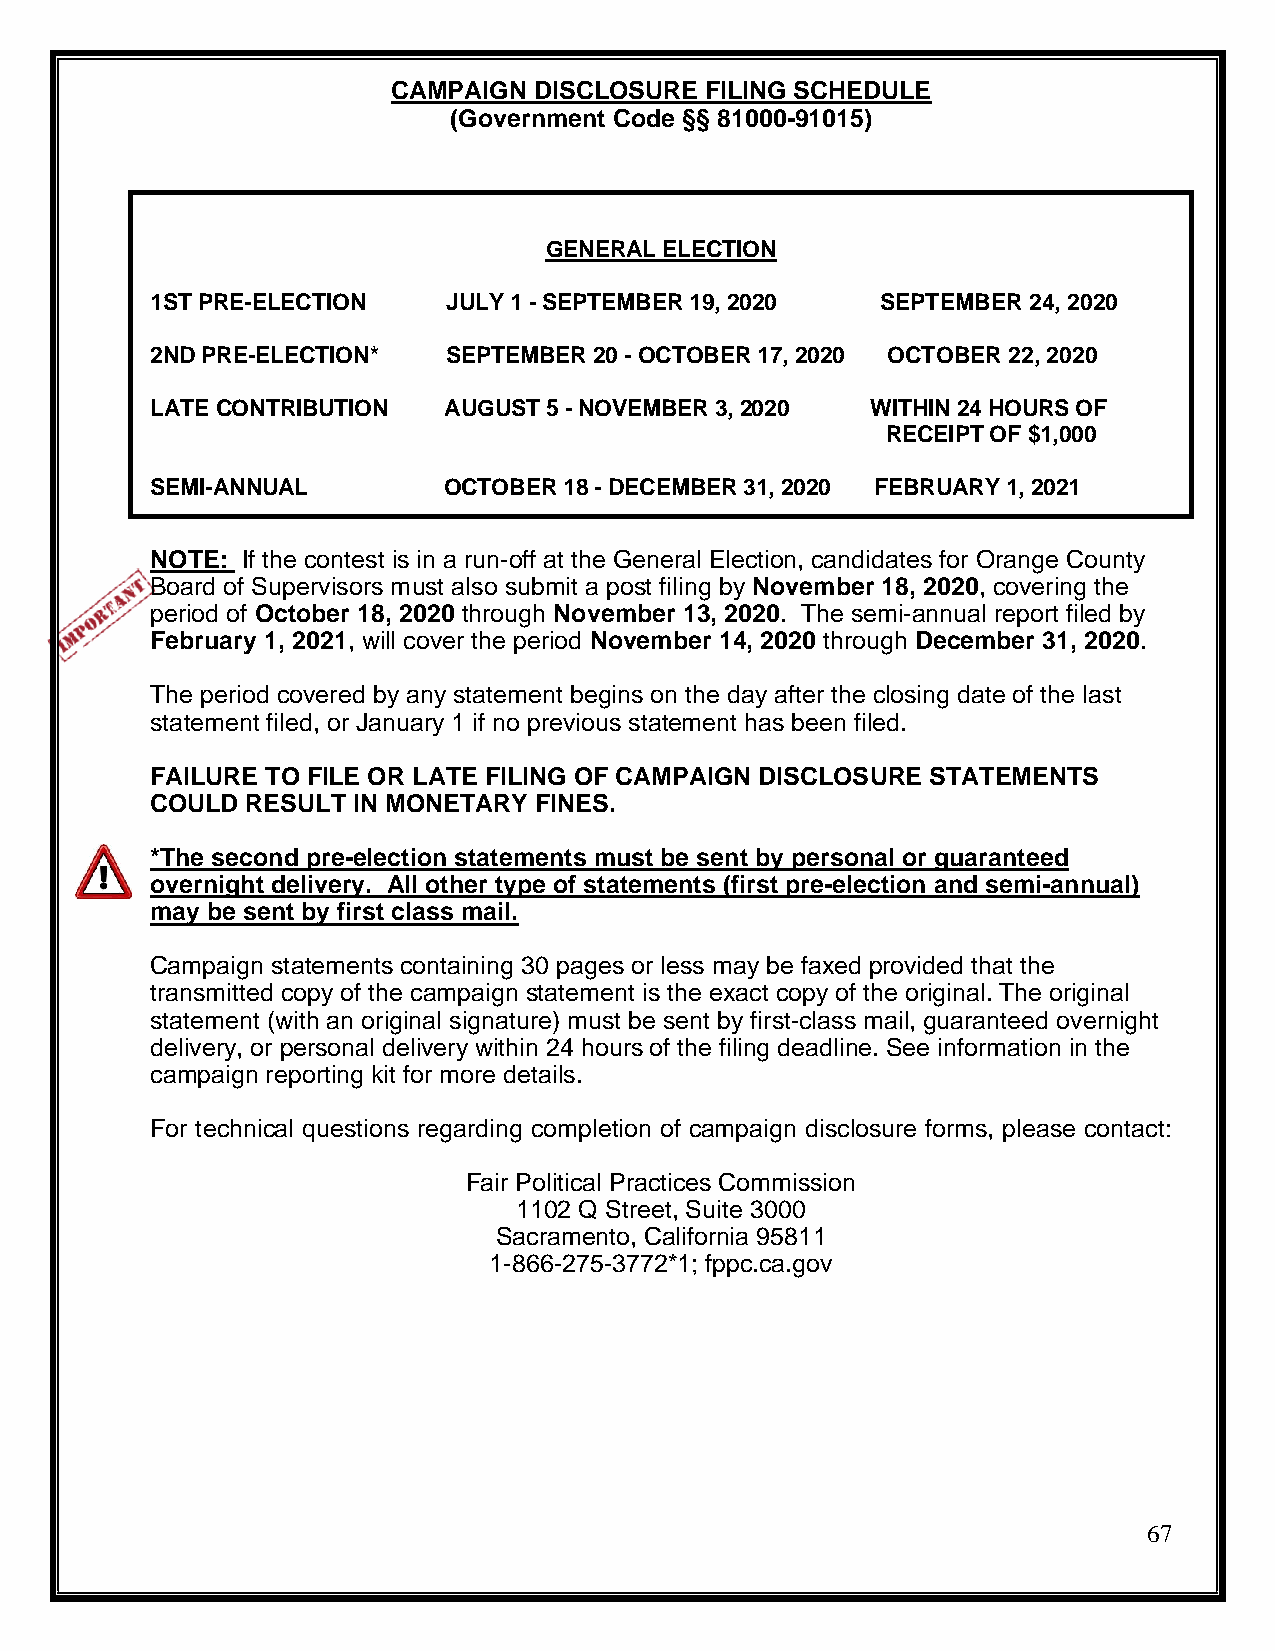
CAMPAIGN DISCLOSURE  FILING SCHEDULE
 (Government Code §§ 81000-91015)
 GENERAL ELECTION
 1ST PRE-ELECTION    JULY 1 - SEPTEMBER 19, 2020 SEPTEMBER 24, 2020
 2ND PRE-ELECTION*   SEPTEMBER 20 - OCTOBER 17, 2020 OCTOBER 22, 2020
 LATE CONTRIBUTION  AUGUST 5 - NOVEMBER 3, 2020  WITHIN 24 HOURS OF
 RECEIPT OF $1,000
 SEMI-ANNUAL        OCTOBER 18 - DECEMBER 31, 2020 FEBRUARY 1, 2021
 NOTE: If the contest is in a run-off at the General Election, candidates for Orange County
 Board of Supervisors must also submit a post filing by November 18, 2020, covering the
 period of October 18, 2020 through November 13, 2020. The semi-annual report filed by
 February 1, 2021, will cover the period November 14, 2020 through December 31, 2020.
 The period covered by any statement begins on the day after the closing date of the last
 statement filed, or January 1 if no previous statement has been filed.
 FAILURE TO FILE OR LATE FILING OF CAMPAIGN DISCLOSURE STATEMENTS
 COULD RESULT IN MONETARY FINES.
 *The second pre-election statements must be sent by personal or guaranteed
 overnight delivery. All other type of statements (first pre-election and semi-annual)
 may be sent by first class mail.
 Campaign statements containing 30 pages or less may be faxed provided that the
 transmitted copy of the campaign statement is the exact copy of the original. The original
 statement (with an original signature) must be sent by first-class mail, guaranteed overnight
 delivery, or personal delivery within 24 hours of the filing deadline. See information in the
 campaign reporting kit for more details.
 For technical questions regarding completion of campaign disclosure forms, please contact:
 Fair Political Practices Commission
 1102 Q Street, Suite 3000
 Sacramento, California 95811
 1-866-275-3772*1; fppc.ca.gov
 67